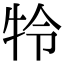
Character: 㸳